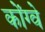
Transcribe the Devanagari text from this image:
कोंग्वे